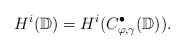
\begin{align*}H^i(\mathbb D)=H^i(C^{\bullet}_{\varphi,\gamma}(\mathbb D)).\end{align*}